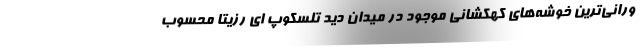
ورانی‌ترین خوشه‌های کهکشانی موجود در میدان دید تلسکوپ ای رزیتا محسوب